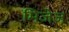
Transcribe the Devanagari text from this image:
मिजेज